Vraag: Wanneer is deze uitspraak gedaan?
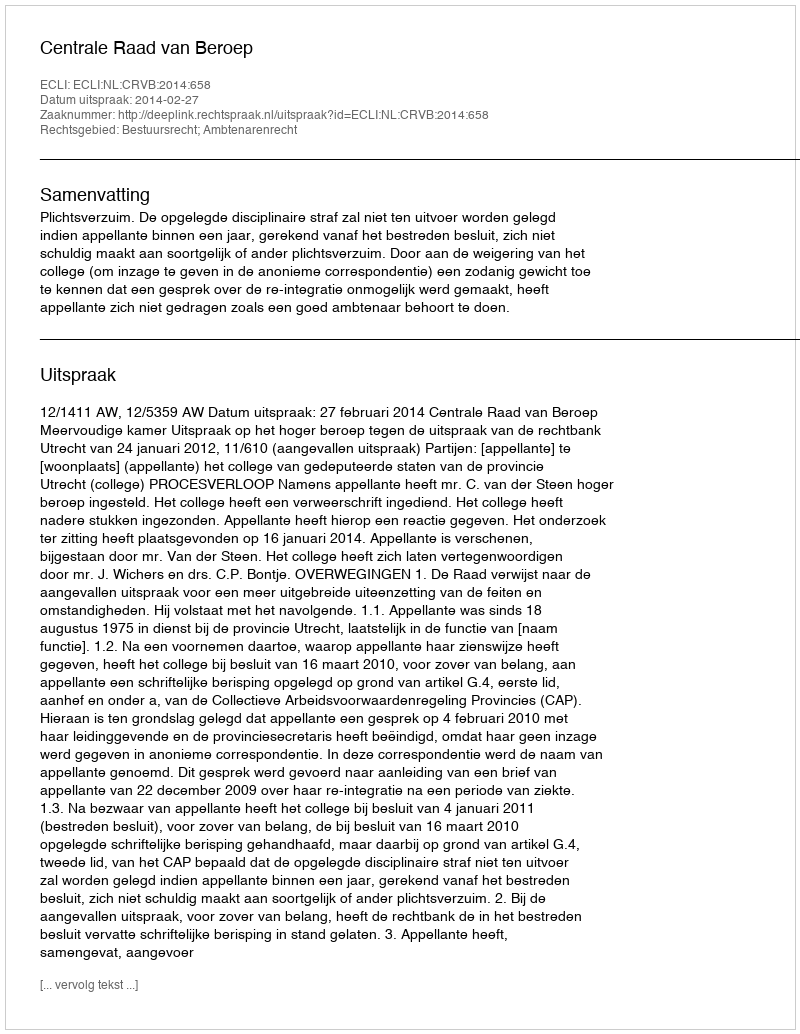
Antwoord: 2014-02-27